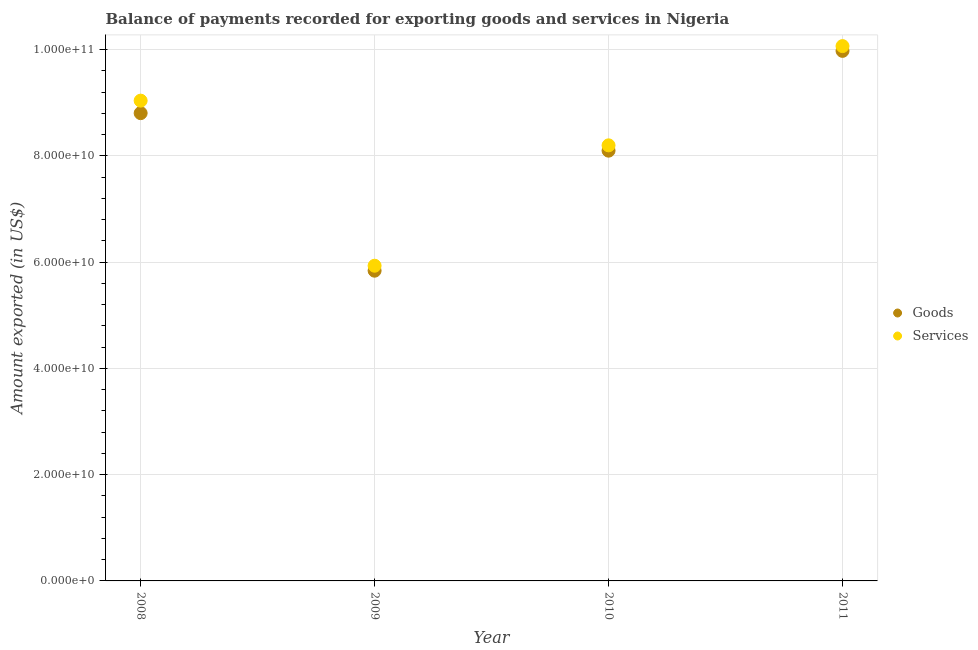
| Year | Goods | Services |
 | --- | --- | --- |
 | 2008 | 8.8e+10 | 9.04e+10 |
 | 2009 | 5.84e+10 | 5.93e+10 |
 | 2010 | 8.1e+10 | 8.2e+10 |
 | 2011 | 9.98e+10 | 1.01e+11 |